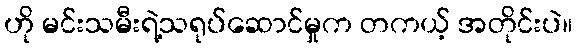
ဟို မင်းသမီးရဲ့သရုပ်ဆောင်မှုက တကယ့် အတိုင်းပဲ။